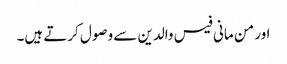
اور من مانی فیس والدین سے وصول کرتے ہیں۔